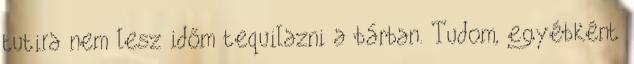
tutira nem lesz időm tequilazni a bárban. Tudom, egyébként